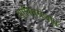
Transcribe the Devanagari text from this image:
आक्सिसंजात